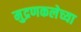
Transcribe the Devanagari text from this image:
मुद्रणकलेच्या